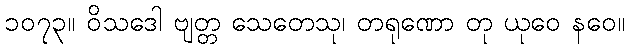
၁၀၇၃။ ဝိသဒေါ ဗျတ္တ သေတေသု၊ တရုဏော တု ယုဝေ နဝေ။